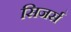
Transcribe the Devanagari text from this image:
सिजर्स